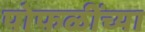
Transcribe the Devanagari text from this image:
पोफळींच्या